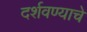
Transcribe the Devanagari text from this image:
दर्शवण्याचे